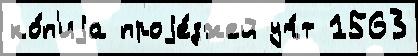
ко́п'иjа проjе́зжей уч́т 1563